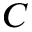
C